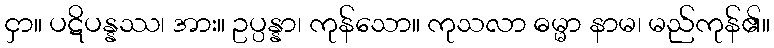
ငှာ။ ပဋိပန္နဿ၊ အား။ ဥပ္ပန္နာ၊ ကုန်သော။ ကုသလာ ဓမ္မာ နာမ၊ မည်ကုန်၏။